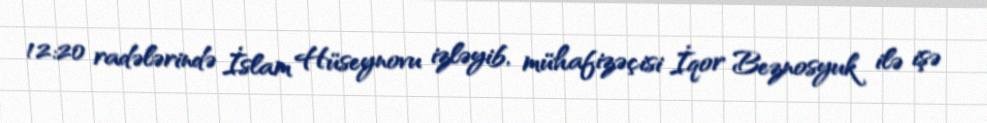
12:20 radələrində İslam Hüseynovu izləyib, mühafizəçisi İqor Beznosyuk ilə işə